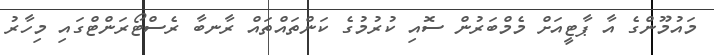
މައުމޫންގެ އާ ޕާޓީއަށް މެމްބަރުން ސޮއި ކުރުމުގެ ކަންތައްތައް ރާނބާ ރެސްޓޯރަންޓްގައި މިހާރު